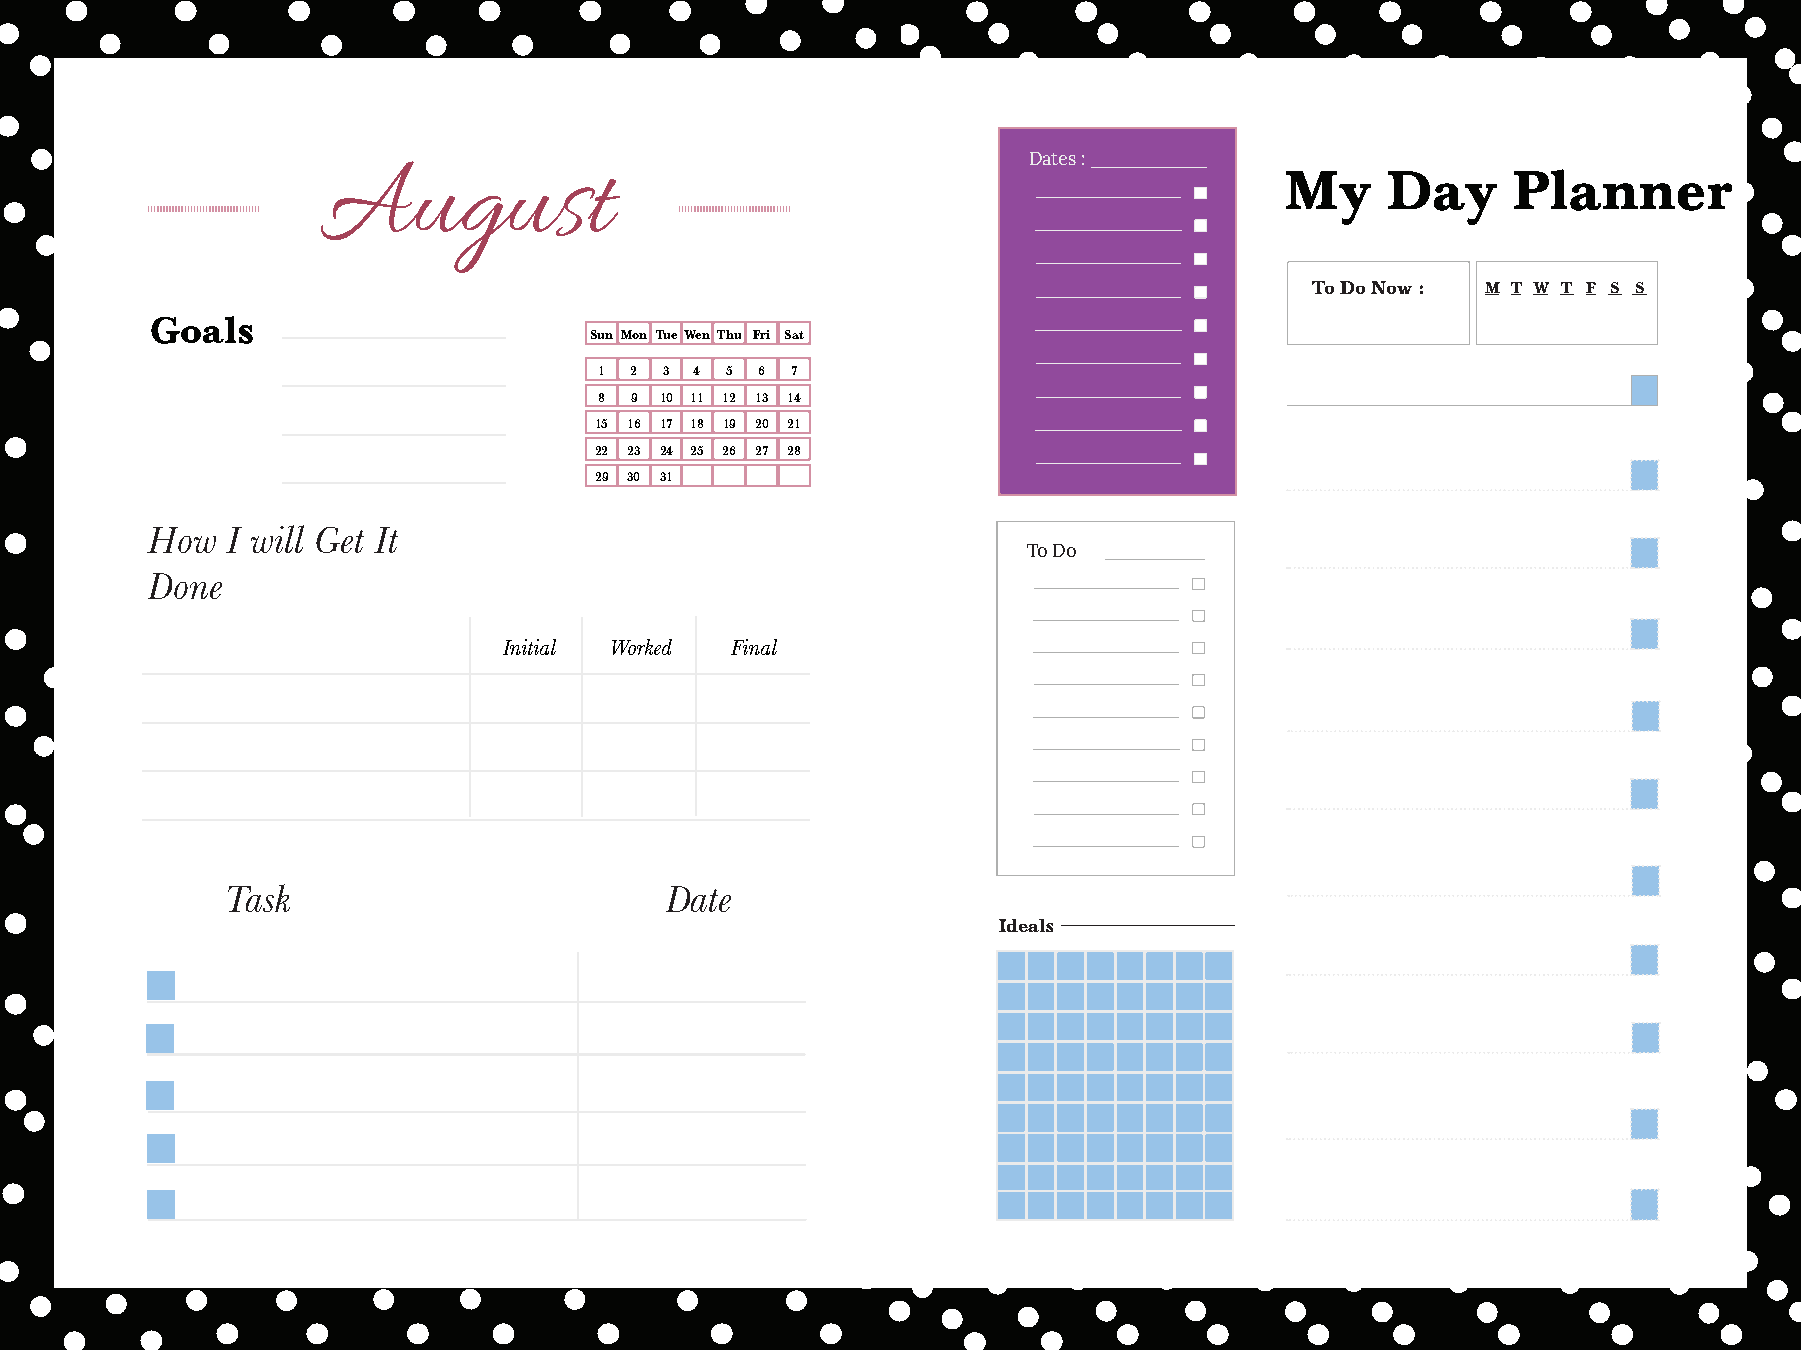
Dates :
 August                                                          My     Day     Planner
 To Do Now : M T W T F S S
 Goals
 Sun Mon TueWen Thu Fri Sat
 1 2 3 4 5 6 7
 8 9 10 11 12 13 14
 15 16 17 18 19 20 21
 22 23 24 25 26 27 28
 29 30 31
 How  I will Get It
 To Do
 Done
 Initial Worked Final
 Task                         Date
 Ideals